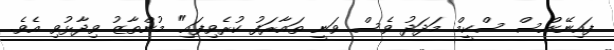
ފައިނޭންސް ސްކީމް މަދަދު ވެސް ވަނީ ތައާރަފު ކުރެވިފައި" މުންތާޒު ވިދާޅުވި އެވެ.